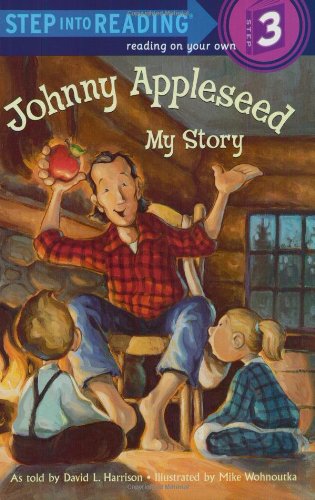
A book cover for Johnny Appleseed: My Story (Step-Into-Reading, Step 3); David L. Harrison; Children's Books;